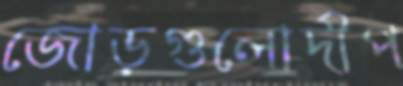
জোড়গুলোদীপ